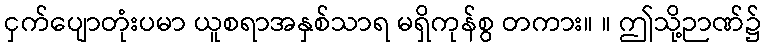
ငှက်ပျောတုံးပမာ ယူစရာအနှစ်သာရ မရှိကုန်စွ တကား။ ။ ဤသို့ဉာဏ်၌